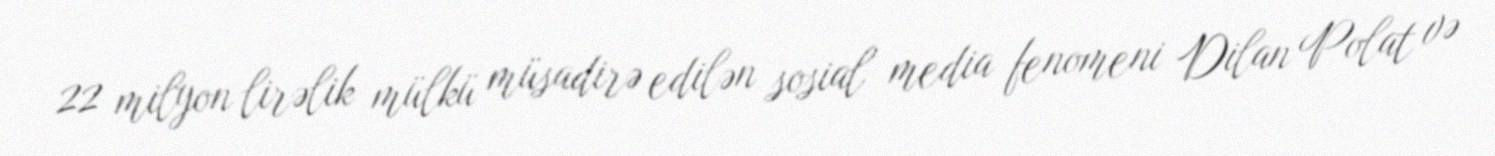
22 milyon lirəlik mülkü müsadirə edilən sosial media fenomeni Dilan Polat və